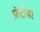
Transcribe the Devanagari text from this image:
फ्रंटीयर